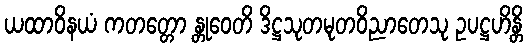
ယထာဝိနယံ ကတတ္တော န္တုဝေတိ ဒိဋ္ဌသုတမုတဝိညာတေသု ဥပဋ္ဌဟိန္တိ